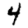
Digit: 4